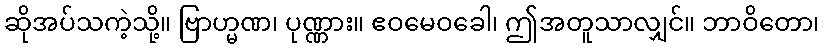
ဆိုအပ်သကဲ့သို့။ ဗြာဟ္မဏ၊ ပုဏ္ဏား။ ဧဝမေဝခေါ၊ ဤအတူသာလျှင်။ ဘာဝိတော၊